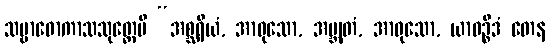
သမ္ဗာဓောကာသသုတ္တေပိ “အစ္ဆရိယံ, အာဝုသော, အဗ္ဘုတံ, အာဝုသော, ယာဝဉ္စိဒံ တေန